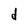
Character: d